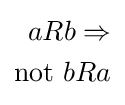
{\begin{aligned}aRb\Rightarrow \\{\text{not }}bRa\end{aligned}}